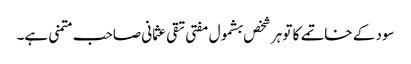
سود کے خاتمے کا تو ہر شخص بشمول مفتی تقی عثمانی صاحب متمنی ہے۔